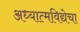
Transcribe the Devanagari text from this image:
अध्यात्मविद्येचा